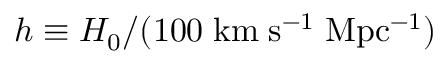
h \equiv H _ { 0 } / ( 1 0 0 \; \mathrm { k m \; s ^ { - 1 } \; M p c ^ { - 1 } } )